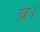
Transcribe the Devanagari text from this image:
च्र।